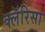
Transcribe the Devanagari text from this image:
क्लॅरिसा